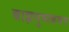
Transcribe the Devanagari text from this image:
बाह्मपुष्पकवच